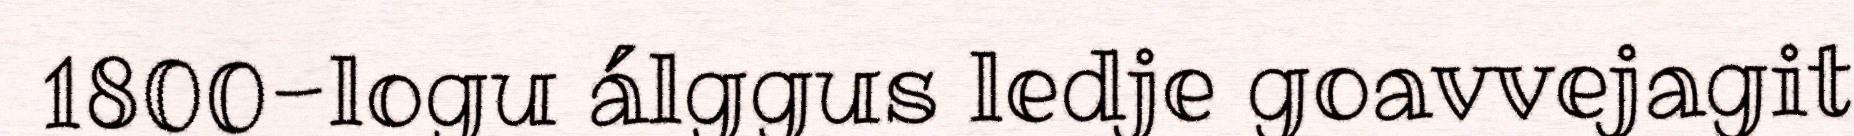
1800-logu álggus ledje goavvejagit